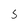
Character: 5